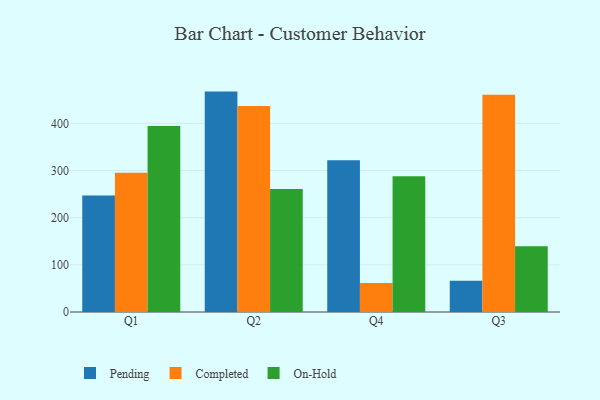
{"axis": {"x": "Quarter", "y": "Budget (USD K)"}, "legend": ["Completed", "On-Hold", "Pending"], "data": [{"x": "Q1", "y": 247.1, "type": "Pending"}, {"x": "Q1", "y": 295.5, "type": "Completed"}, {"x": "Q1", "y": 394.4, "type": "On-Hold"}, {"x": "Q2", "y": 467.4, "type": "Pending"}, {"x": "Q2", "y": 436.8, "type": "Completed"}, {"x": "Q2", "y": 260.8, "type": "On-Hold"}, {"x": "Q4", "y": 321.9, "type": "Pending"}, {"x": "Q4", "y": 61.5, "type": "Completed"}, {"x": "Q4", "y": 287.7, "type": "On-Hold"}, {"x": "Q3", "y": 66.4, "type": "Pending"}, {"x": "Q3", "y": 460.6, "type": "Completed"}, {"x": "Q3", "y": 139.4, "type": "On-Hold"}]}